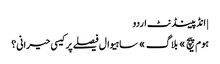
| انڈپینڈنٹ اردو
ہوم پیچ » بلاگ » ساہیوال فیصلے پر کیسی حیرانی؟